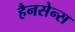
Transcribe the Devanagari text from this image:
हैनसेन्स